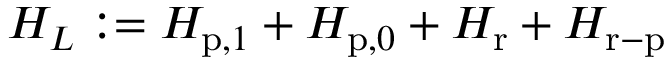
H _ { L } : = H _ { \mathrm { p } , 1 } + H _ { \mathrm { p } , 0 } + H _ { \mathrm { r } } + H _ { \mathrm { r - p } }